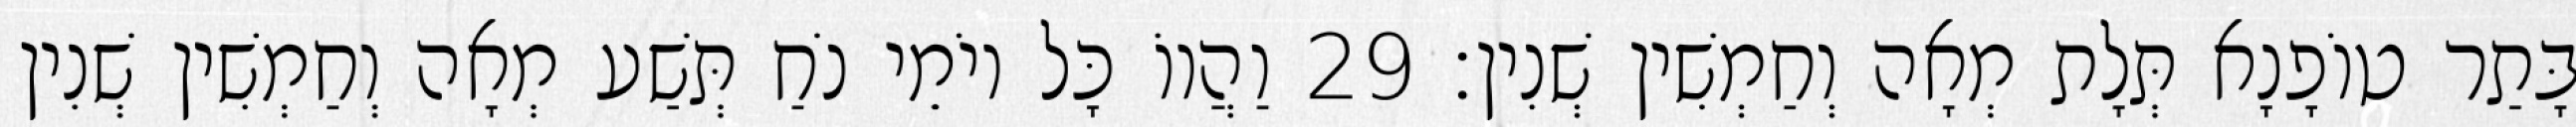
בָּתַר טוֹפָנָא תְּלָת מְאָה וְחַמְשִׁין שְׁנִין׃ 29 וַהֲווֹ כָּל יוֹמֵי נֹחַ תְּשַׁע מְאָה וְחַמְשִׁין שְׁנִין